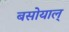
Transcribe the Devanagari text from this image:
बसोयाल्